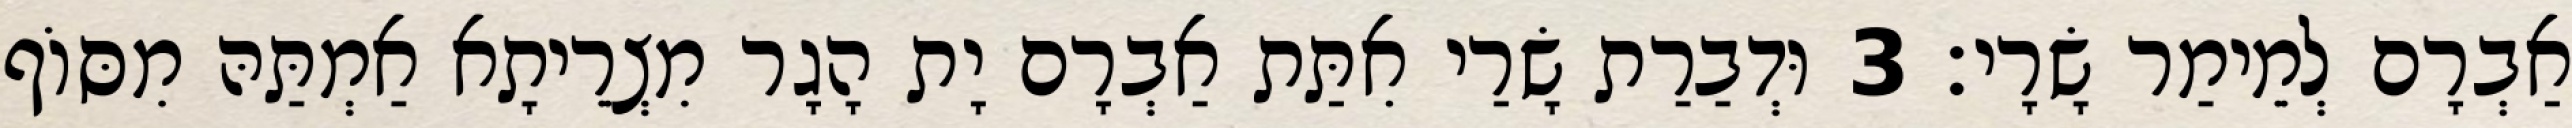
אַבְרָם לְמֵימַר שָׂרָי׃ 3 וּדְבַרַת שָׂרַי אִתַּת אַבְרָם יָת הָגָר מִצְרֵיתָא אַמְתַּהּ מִסּוֹף